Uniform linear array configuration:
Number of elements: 64
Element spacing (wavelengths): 1
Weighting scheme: hann
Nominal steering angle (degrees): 45
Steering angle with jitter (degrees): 43.972
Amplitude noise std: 0.05
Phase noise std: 0.05

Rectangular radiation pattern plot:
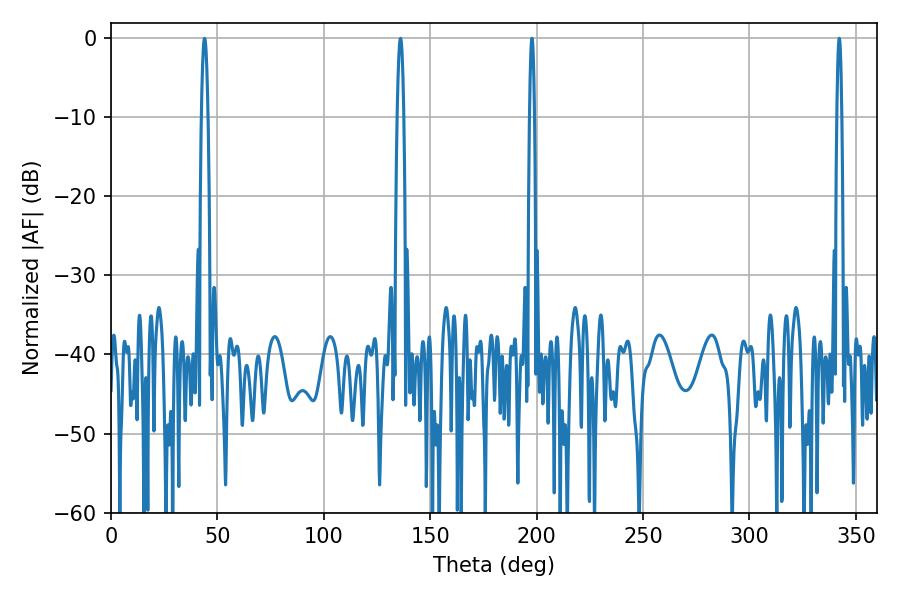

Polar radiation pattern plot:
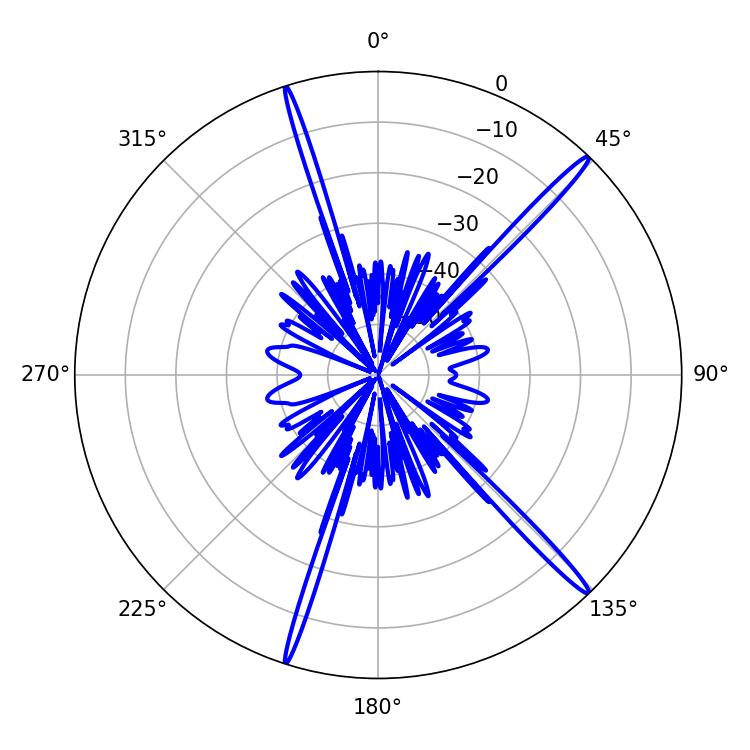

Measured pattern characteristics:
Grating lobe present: TRUE
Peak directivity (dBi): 18.141
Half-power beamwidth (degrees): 1.08
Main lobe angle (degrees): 342.18